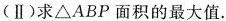
(Ⅱ)求△ABP面积的最大值.